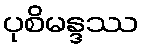
ပုစိမန္ဒဿ